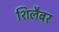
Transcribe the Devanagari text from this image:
शिलैबर